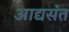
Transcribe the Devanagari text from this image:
आद्यसंत